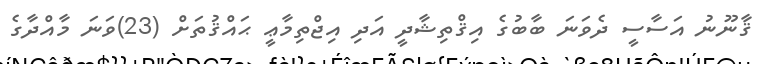
ޤާނޫނު އަސާސީ ދެވަނަ ބާބުގެ އިޤްތިޝާދީ އަދި އިޖްތިމާޢީ ޙައްޤުތަށް (23)ވަނަ މާއްދާގެ